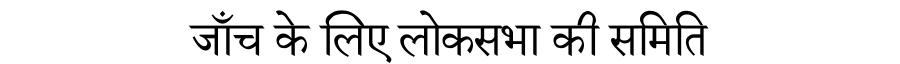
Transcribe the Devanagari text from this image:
जाँच के लिए लोकसभा की समिति